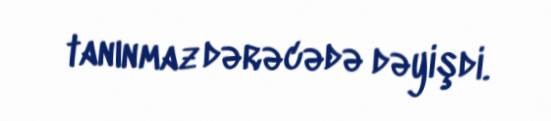
tanınmaz dərəcədə dəyişdi.